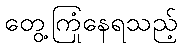
တွေ့ကြုံနေရသည့်